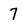
Character: 7